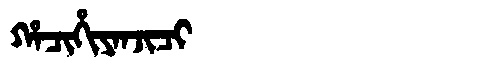
Manchu: ᡥᠠᠴᡳᡥᡳᠶᠠᠨᠵᡳᠴᡳ
Romanization: HACIHIYANJICI